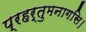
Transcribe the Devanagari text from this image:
प्रहर्तुमनागसि।